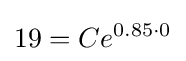
19=Ce^{0.85\cdot 0}